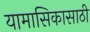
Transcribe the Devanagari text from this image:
यामासिकासाठी